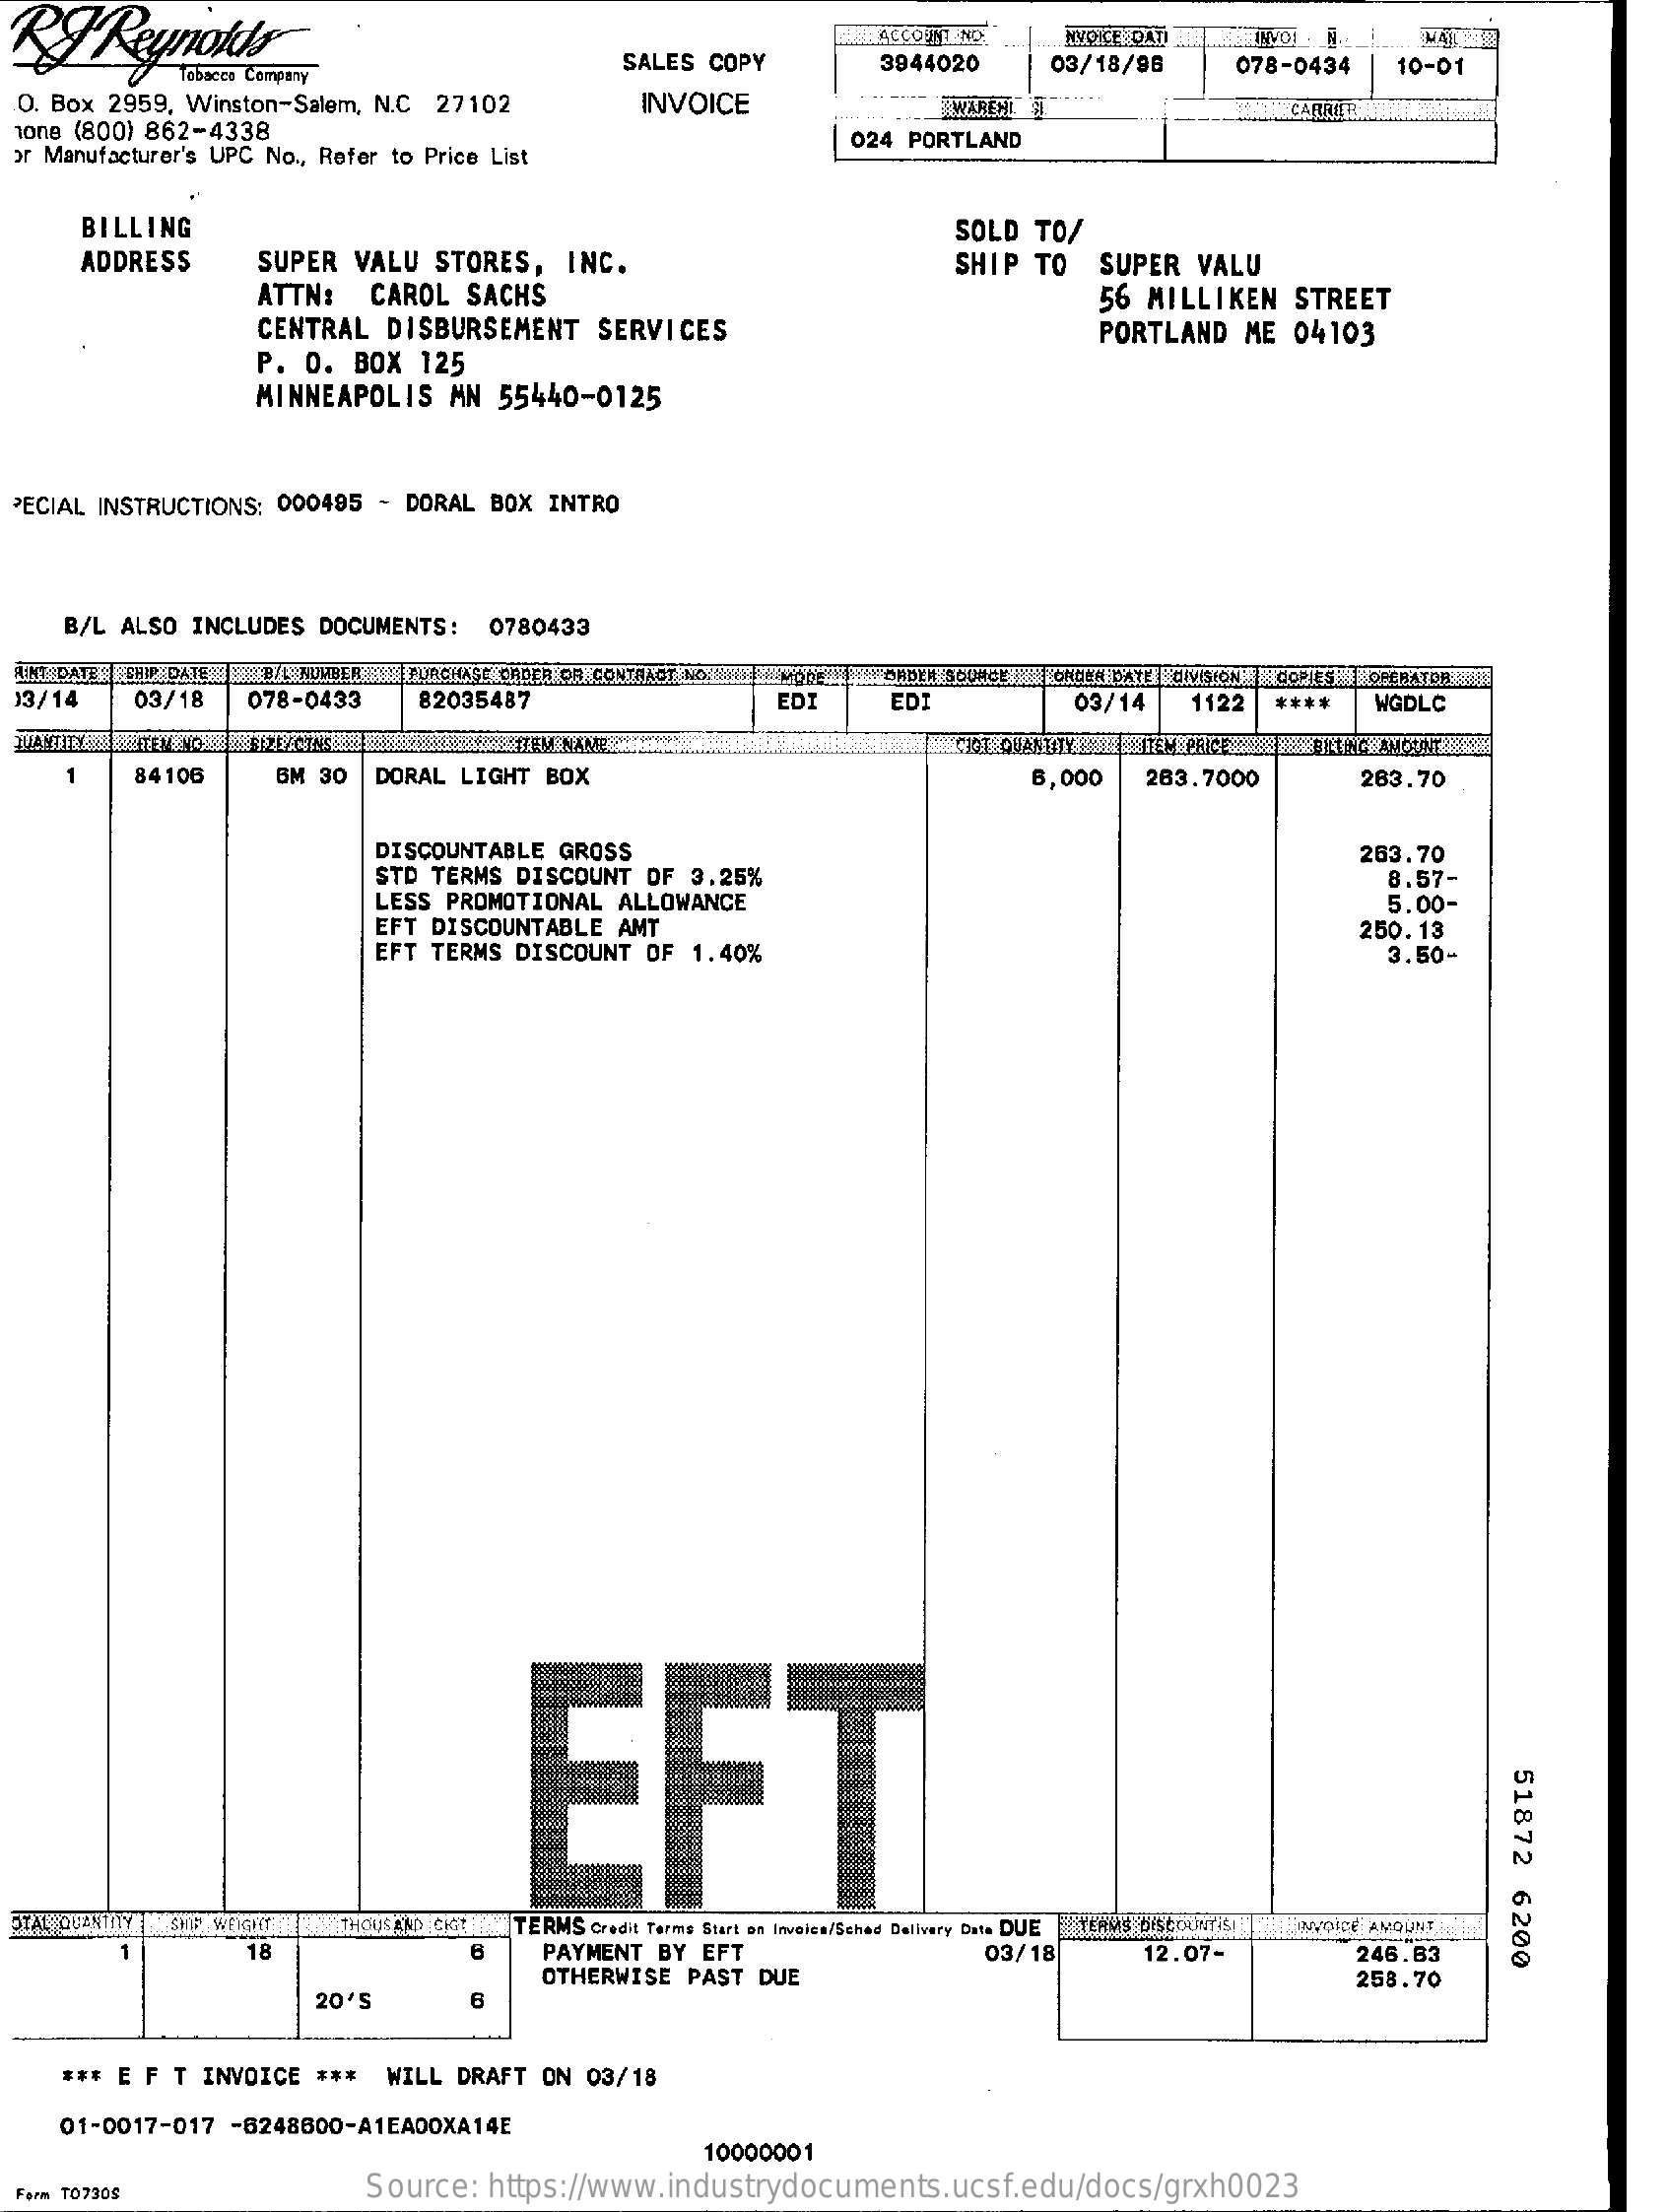
SALES COPY
     ACCOUNT NO.
     3944020
     MYDICE 9AT
     03/18/96    078-0434   10-01
  O. Box 2959, Winston-Salem, N.C 27102    INVOICE
  1one (800) 862-4338
     TWAREHT    CARRIER
  or Manufacturer's UPC No ., Refer to Price List
     024 PORTLAND
     BILLING    SOLD  TO/
     ADDRESS    SUPER VALU  STORES,  INC.
     ATTN:  CAROL  SACHS
     SHIP  TO  SUPER  VALU
     CENTRAL DISBURSEMENT    SERVICES
     56 MILLIKEN  STREET
     P.  O. BOX  125
     PORTLAND  ME 04103
     MINNEAPOLIS   MN 55440-0125
  PECIAL INSTRUCTIONS: 000495 - DORAL BOX INTRO
     B/L ALSO INCLUDES DOCUMENTS:  0780433
  FLINT DATES SHIP DATE BIL NUMBER "PURCHASE ORDER OR C    PAPER SOURCE PORUBA DATE DIVISION " CORES OPERATOR HA
  13/14   03/18   078-0433    82035487    EDI    EDI    03/14   1122  ****   WGDLC
     1    84106    6M 30  DORAL LIGHT BOX    6,000   263.7000    263.70
     DISCOUNTABLE GROSS
     STD TERMS DISCOUNT OF 3.25%
     263.70
     LESS PROMOTIONAL ALLOWANCE
     8.57-
     EFT DISCOUNTABLE AMT
     5.00-
     EFT TERMS DISCOUNT OF  1.40%
     250.13
     3.50-
     EFT    51872
     6200 STAL QUANTITY THOUSAND CKIE TERMS Credit Terms Start on Involes/Schad Delivery Date DUE _YERMS DISCOUNTISIN INDICE AMOUNT
     18    PAYMENT BY EFT
     OTHERWISE PAST DUE
     03/18    12.07-    246.83
     258.70
     20'S
     *** E F T INVOICE ***  WILL DRAFT ON 03/18
     01-0017-017 -6248600-A1EA00XA14E
     10000001
  Ferm TO730$    Source: https://www.industrydocuments.ucsf.edu/docs/grxh0023